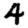
Digit: 4